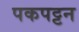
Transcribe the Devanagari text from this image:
पकपट्टन